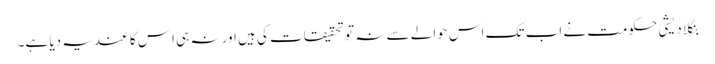
بنگلا دیشی حکومت نے اب تک اس حوالے سے نہ تو تحقیقات کی ہیں اور نہ ہی اِس کا عندیہ دیا ہے۔